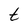
Character: t